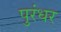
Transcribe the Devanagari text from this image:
पुरंधर